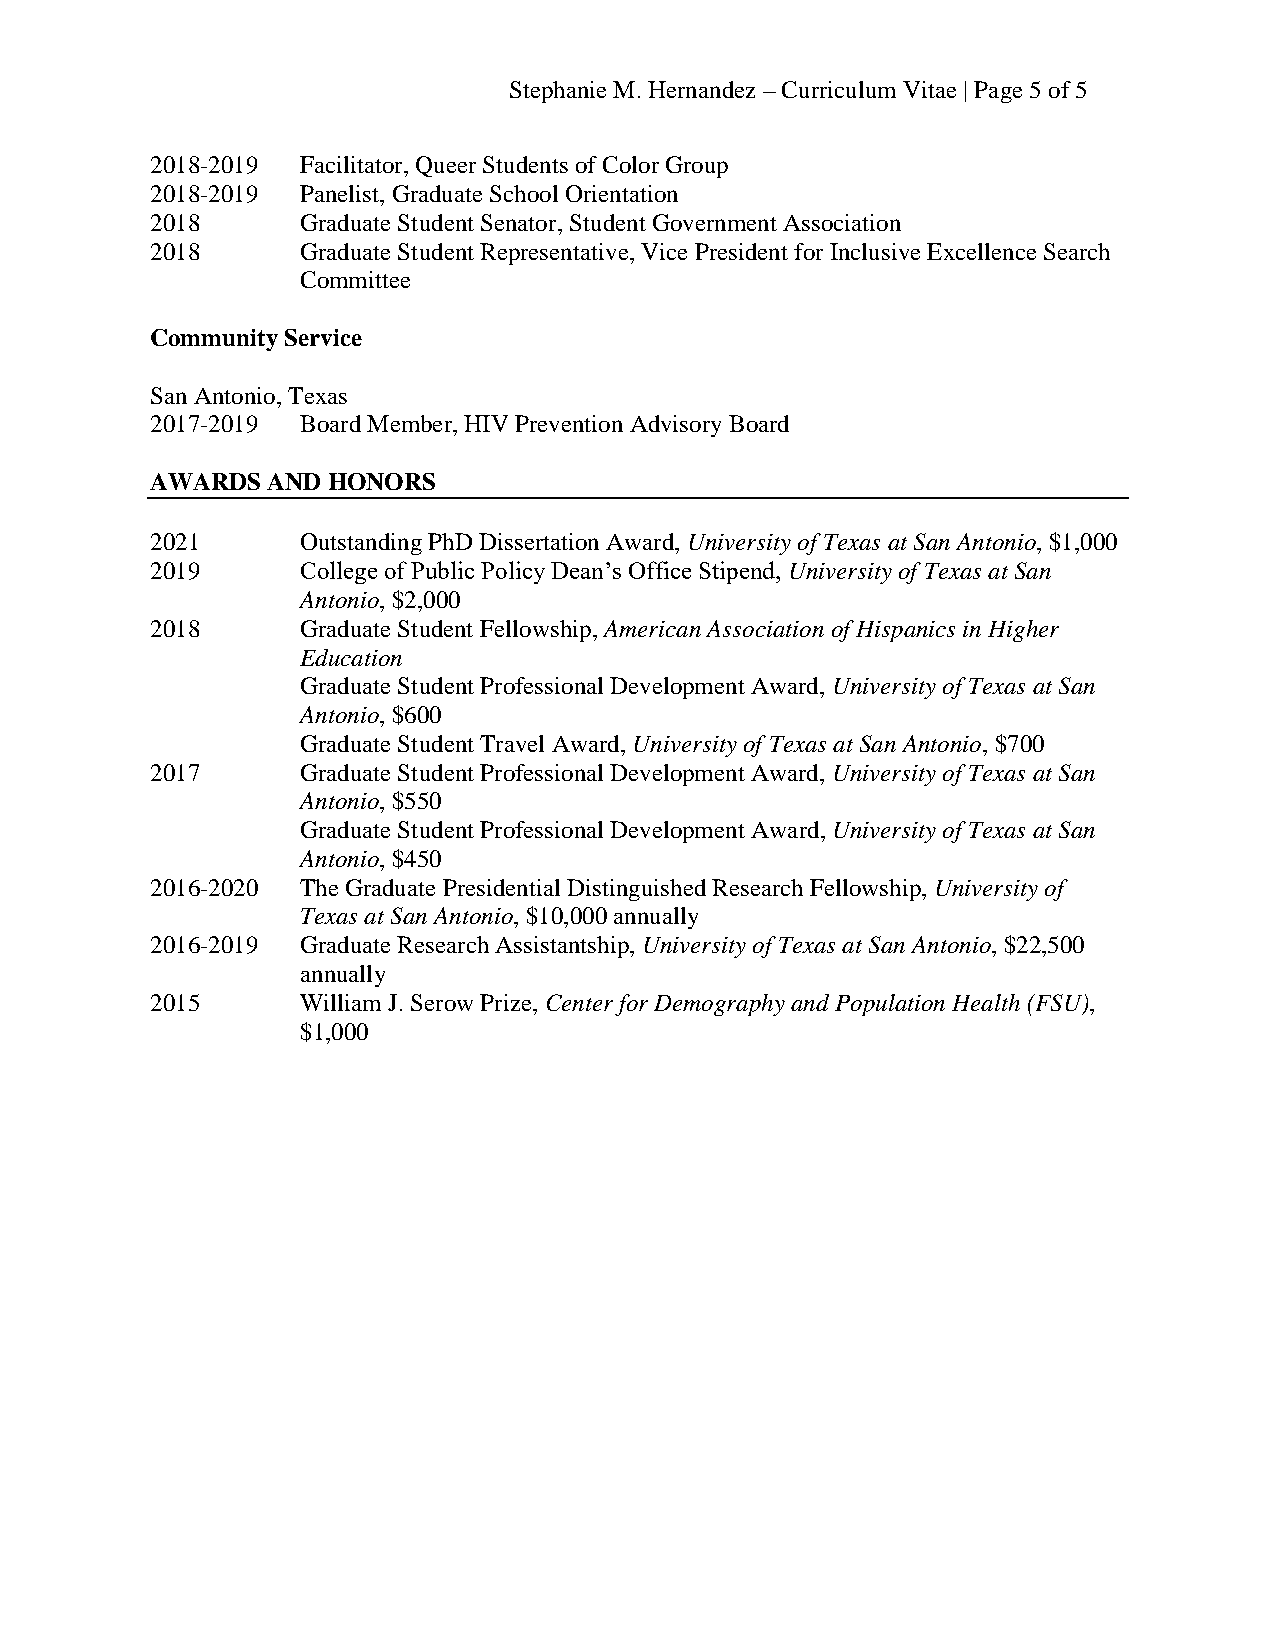
Stephanie M. Hernandez – Curriculum Vitae | Page 5 of 5
 2018-2019 Facilitator, Queer Students of Color Group
 2018-2019 Panelist, Graduate School Orientation
 2018      Graduate Student Senator, Student Government Association
 2018      Graduate Student Representative, Vice President for Inclusive Excellence Search
 Committee
 Community Service
 San Antonio, Texas
 2017-2019 Board Member, HIV Prevention Advisory Board
 AWARDS  AND HONORS
 2021      Outstanding PhD Dissertation Award, University of Texas at San Antonio, $1,000
 2019      College of Public Policy Dean’s Office Stipend, University of Texas at San
 Antonio, $2,000
 2018      Graduate Student Fellowship, American Association of Hispanics in Higher
 Education
 Graduate Student Professional Development Award, University of Texas at San
 Antonio, $600
 Graduate Student Travel Award, University of Texas at San Antonio, $700
 2017      Graduate Student Professional Development Award, University of Texas at San
 Antonio, $550
 Graduate Student Professional Development Award, University of Texas at San
 Antonio, $450
 2016-2020 The Graduate Presidential Distinguished Research Fellowship, University of
 Texas at San Antonio, $10,000 annually
 2016-2019 Graduate Research Assistantship, University of Texas at San Antonio, $22,500
 annually
 2015      William J. Serow Prize, Center for Demography and Population Health (FSU),
 $1,000